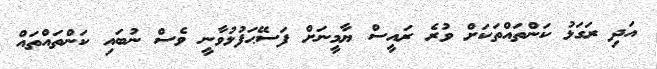
އަދި ރަގަޅު ކަންތައްތަކަށް ވުރެ ރައީސް ޔާމީނަށް ފަސޭޙަފުޅުވާނީ ވެސް ނުބައި ކަންތައްތައް